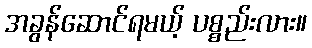
အခွန်ဆောင်ရမယ့် ပစ္စည်းလား။